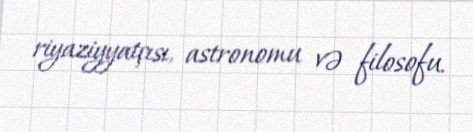
riyaziyyatçısı, astronomu və filosofu.